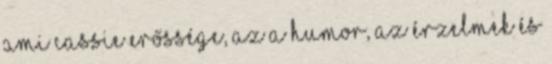
ami Cassie erőssége, az a humor, az érzelmek és